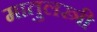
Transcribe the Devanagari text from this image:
मातुलस्त्री